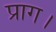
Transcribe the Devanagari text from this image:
प्राग।